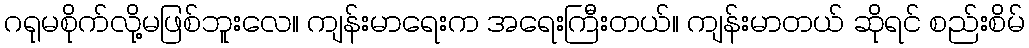
ဂရုမစိုက်လို့မဖြစ်ဘူးလေ။ ကျန်းမာရေးက အရေးကြီးတယ်။ ကျန်းမာတယ် ဆိုရင် စည်းစိမ်